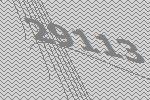
29113